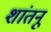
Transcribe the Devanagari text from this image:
शांतनू